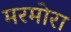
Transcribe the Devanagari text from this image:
मरमोरा